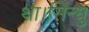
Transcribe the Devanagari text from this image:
था।सिन्धु